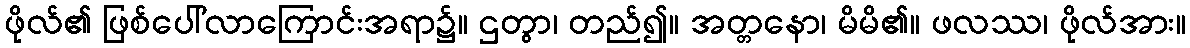
ဖိုလ်၏ ဖြစ်ပေါ်လာကြောင်းအရာ၌။ ဌတွာ၊ တည်၍။ အတ္တနော၊ မိမိ၏။ ဖလဿ၊ ဖိုလ်အား။